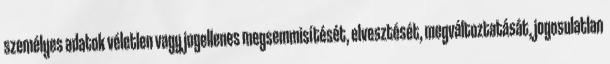
személyes adatok véletlen vagy jogellenes megsemmisítését, elvesztését, megváltoztatását, jogosulatlan